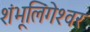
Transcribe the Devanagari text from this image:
शंभूलिंगेश्‍वर